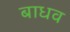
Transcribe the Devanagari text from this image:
बाधव